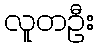
လူတဦး